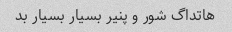
هاتداگ شور و پنیر بسیار بسیار بد